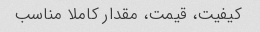
کیفیت، قیمت، مقدار کاملا مناسب